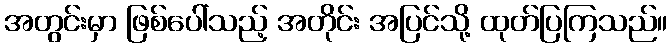
အတွင်းမှာ ဖြစ်ပေါ်သည့် အတိုင်း အပြင်သို့ ထုတ်ပြကြသည်။